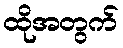
ထိုအတွက်